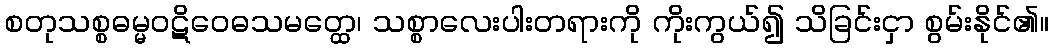
စတုသစ္စဓမ္မဝဋိဝေဓသမတ္ထေ၊ သစ္စာလေးပါးတရားကို ကိုးကွယ်၍ သိခြင်းငှာ စွမ်းနိုင်၏။